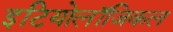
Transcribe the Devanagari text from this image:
इटियोलॉजिकल